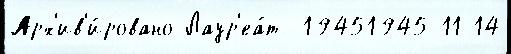
Арх'ив'и́ровано Лаур'еа́т  19451945-11-14